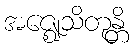
အဇ္ဈေသိတုန္တိ